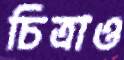
চিত্রাও